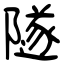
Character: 隧